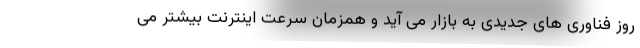
روز فناوری های جدیدی به بازار می آید و همزمان سرعت اینترنت بیشتر می